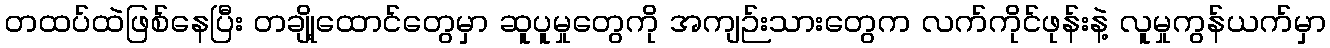
တထပ်ထဲဖြစ်နေပြီး တချို့ထောင်တွေမှာ ဆူပူမှုတွေကို အကျဉ်းသားတွေက လက်ကိုင်ဖုန်းနဲ့ လူမှုကွန်ယက်မှာ